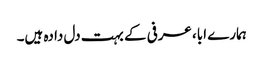
ہمارے ابا، عرفی کے بہت دل دادہ ہیں۔